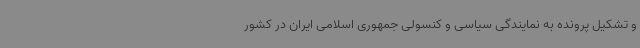
و تشکیل پرونده به نمایندگی سیاسی و کنسولی جمهوری اسلامی ایران در کشور